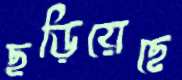
ছড়িয়েছে